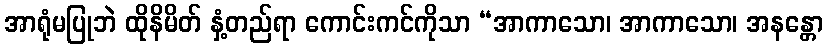
အာရုံမပြုဘဲ ထိုနိမိတ် နှံ့တည်ရာ ကောင်းကင်ကိုသာ “အာကာသော၊ အာကာသော၊ အနန္တော